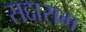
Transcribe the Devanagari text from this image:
सद्दाराम